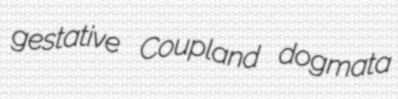
gestative Coupland dogmata